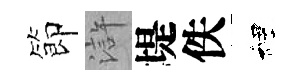
節滸堤佚裡